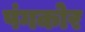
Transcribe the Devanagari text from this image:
पंगकोर